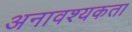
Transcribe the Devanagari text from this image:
अनावश्यकता